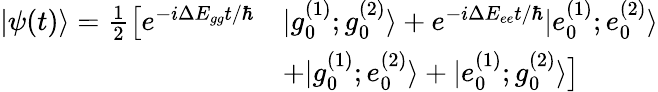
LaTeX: \begin{array}{rl}{|\psi(t)\rangle=\frac{1}{2}\big[e^{-i\Delta E_{gg}t/\hbar}}&{|g_{0}^{(1)};g_{0}^{(2)}\rangle+e^{-i\Delta E_{ee}t/\hbar}|e_{0}^{(1)};e_{0}^{(2)}\rangle}\\ &{+|g_{0}^{(1)};e_{0}^{(2)}\rangle+|e_{0}^{(1)};g_{0}^{(2)}\rangle\big]}\end{array}